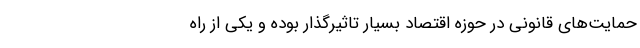
حمایت‌های قانونی در حوزه اقتصاد بسیار تاثیرگذار بوده و یکی از راه